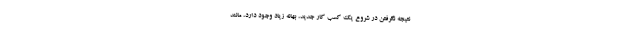
نتیجه نگرفتن در شروع یک کسب کار جدید، بهانه زیاد وجود دارد، مانند